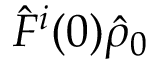
\hat { F } ^ { i } ( 0 ) \hat { \rho } _ { 0 }